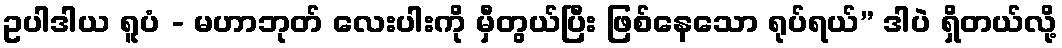
ဥပါဒါယ ရူပံ - မဟာဘုတ် လေးပါးကို မှီတွယ်ပြီး ဖြစ်နေသော ရုပ်ရယ်” ဒါပဲ ရှိတယ်လို့